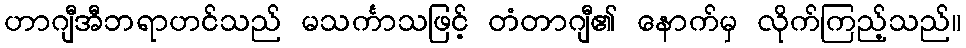
ဟာဂျီအီဘရာဟင်သည် မသင်္ကာသဖြင့် တံတာဂျီ၏ နောက်မှ လိုက်ကြည့်သည်။